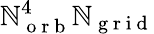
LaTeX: \mathbb{N}_{\mathrm{{~o~r~b~}}}^{4}\mathbb{N}_{\mathrm{{~g~r~i~d~}}}